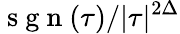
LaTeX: \mathrm{~s~g~n~}(\tau)/|\tau|^{2\Delta}